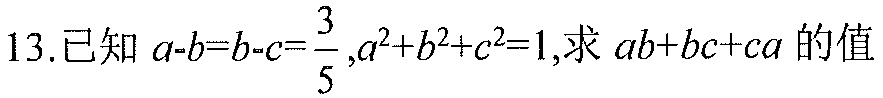
13.已知\(a - b = b - c=\dfrac{3}{5}\)，\(a^{2}+b^{2}+c^{2}=1\)，求\(ab + bc + ca\)的值